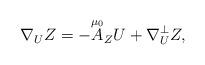
LaTeX: \begin{align*}\nabla _{U}Z=-\overset{\mu _{0}}{A}_{Z}U+\nabla _{U}^{\bot }Z, \end{align*}